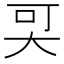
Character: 𡘀